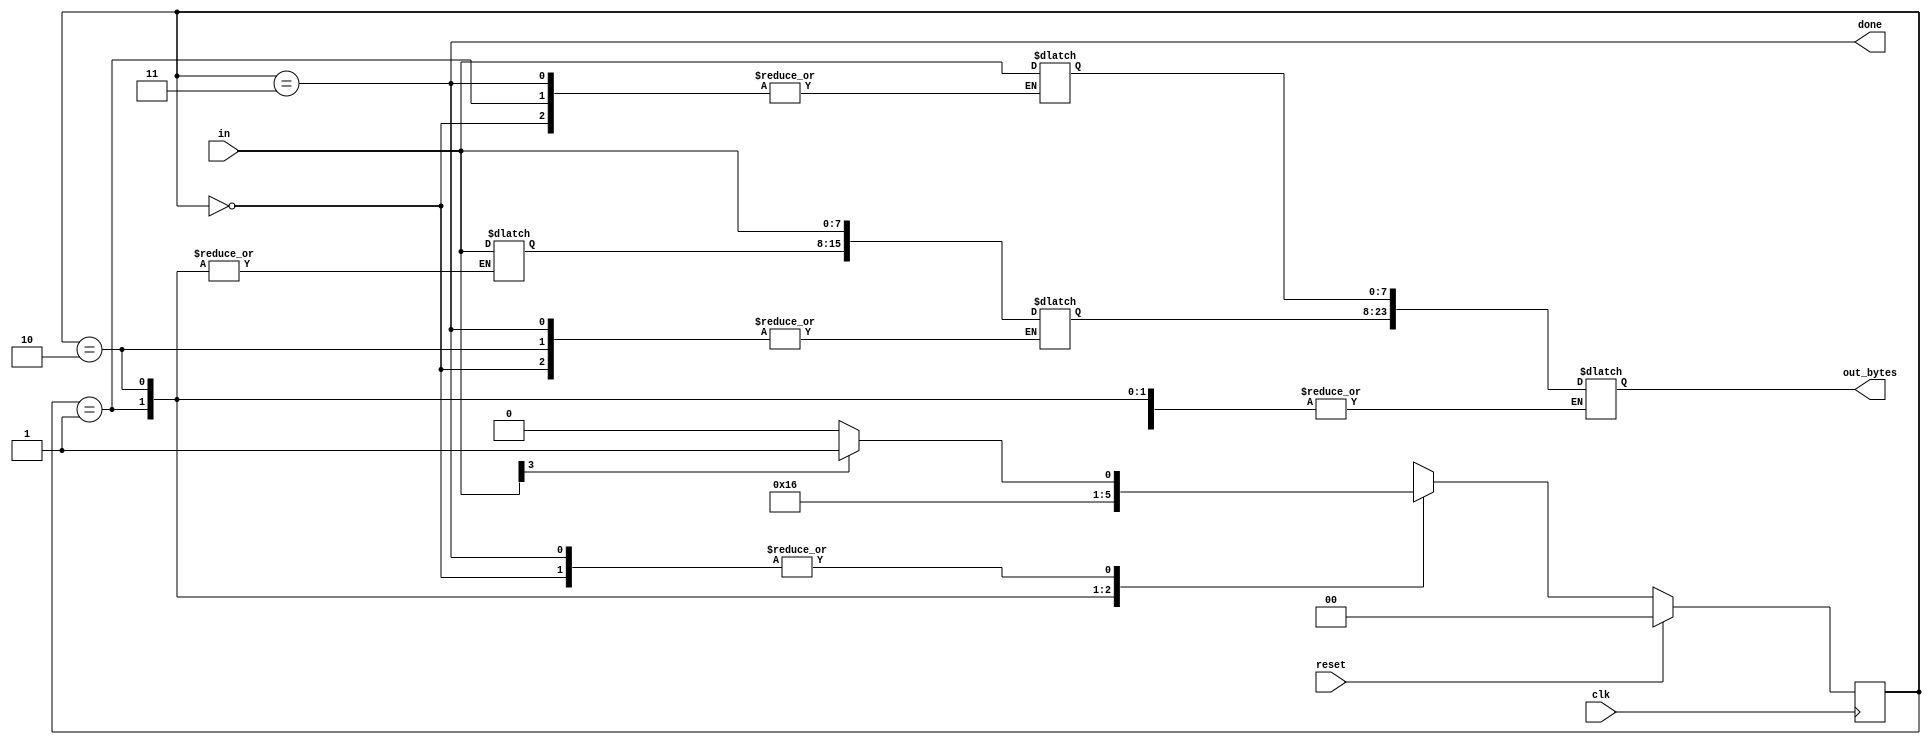
module top_module(
    input clk,
    input [7:0] in,
    input reset,    // Synchronous reset
    output [23:0] out_bytes,
    output done); //

    // FSM from fsm_ps2
    parameter B1=0, B2=1, B3=2, Done=3;
    reg [1:0] state, next_state;  // 4 states with binary encoding -> 2bits
    reg [23:0] out_reg;
    reg [23:16] o_temp;
    
    // State transition logic (combinational)
    always @(*)begin
        case(state)
            B1 : next_state = in[3] ? B2 : B1;
            B2 : next_state = B3;
            B3 : next_state = Done;
            Done : next_state = in[3] ? B2 : B1;
            default : next_state = 2'bxx;
        endcase
  
       // New: Datapath to store incoming bytes.
        case(state)
            B1 : o_temp = in;
            B2 : out_reg[23:8] = { o_temp, in };
            B3 : out_reg[7:0] = in;
            Done : begin
                out_bytes = out_reg;
                o_temp = in;
            end
        endcase 
    end
    
    // State flip-flops (sequential)
    always @(posedge clk)begin
     	if(reset)
         	state <= B1;
  		else
         	state <= next_state;
    end
        
    // Output logic
    assign done = ( state == Done );
	// assign out_bytes = out_reg;
    
endmodule